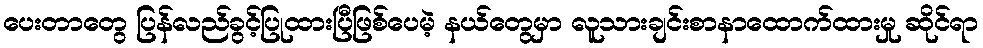
ပေးတာတွေ ပြန်လည်ခွင့်ပြုထားပြီဖြစ်ပေမဲ့ နယ်တွေမှာ လူသားချင်းစာနာထောက်ထားမှု ဆိုင်ရာ